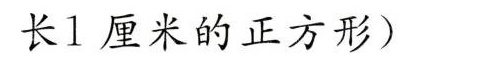
长1厘米的正方形)